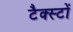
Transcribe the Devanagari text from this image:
टैक्स्टों